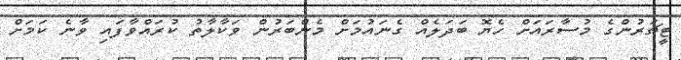
ޓީޗަރުންގެ މުސާރައަށް ހެޔޮ ބަދަލެއް ގެނައުމަށް މެންބަރުން ވަކާލާތު ކުރައްވާފައި ވާނެ ކަމަށް